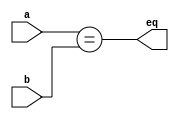
`timescale 1 ns / 1 ps



module compare_equal #(parameter WIDTH = 32)
             (input [WIDTH-1:0] a, b,
              output            eq);

  assign  eq = (a == b);
endmodule

module compare_to_zero #(parameter WIDTH = 32)
                 (input [WIDTH-1:0]  a,
                  output        eq);

  assign  eq = (a == 0);
endmodule

module ncompare_to_zero #(parameter WIDTH = 32)
                 (input [WIDTH-1:0]  a,
                  output        eq);

  assign  eq = (a != 0);
endmodule

module compare_gt_zero #(parameter WIDTH = 32)
                 (input [WIDTH-1:0] a,
                  output       eq);

  assign  eq = ~a[WIDTH-1] & (a[WIDTH-2:0] != 0);
endmodule

module compare_lt_zero #(parameter WIDTH = 32)
                 (input [WIDTH-1:0] a,
                  output       eq);

  assign  eq = a[WIDTH-1];
endmodule

module shift_left_2(input  [31:0] a,
           output [31:0] y);

  
  assign  y = {a[29:0], 2'b00};
endmodule


module extend_sign #(parameter INPUT = 16, OUTPUT = 32)
               (input  [INPUT-1:0] a,
               input  enable,
               output [OUTPUT-1:0] y);
               
  wire extension;
  
  assign  extension = (enable ? a[INPUT-1] : 0);
  assign  y = {{OUTPUT-INPUT{extension}}, a};
endmodule


module flip_flop #(parameter WIDTH = 8)
              (input                  clk, reset, clear,
               input      [WIDTH-1:0] d, 
               output reg [WIDTH-1:0] q);

  reg [WIDTH-1:0] master;

  always @(posedge clk)
    q <= reset ? 0 : (clear ? 0 : d);

endmodule

module flip_flop_enable_clear #(parameter WIDTH = 32)
                 (input                  clk, reset,
                  input                  en, clear,
                  input      [WIDTH-1:0] d, 
                  output reg [WIDTH-1:0] q);
 
  reg [WIDTH-1:0] master;

  always @(posedge clk)
    q <= reset ? 0 : (clear ? 0 : (en ? d : q));

endmodule

module flip_flop_enable #(parameter WIDTH = 32)
                (input                  clk, reset,
                 input                  en,
                 input      [WIDTH-1:0] d, 
                 output reg [WIDTH-1:0] q);
 
  reg [WIDTH-1:0] master;

  always @(posedge clk)
    q <= reset ? 0 : (en ? d : q);

endmodule

module flip_flop_no_reset #(parameter WIDTH = 32)
               (input                  clk,
                input                  en,
                input      [WIDTH-1:0] d, 
                output reg [WIDTH-1:0] q);
 
  reg [WIDTH-1:0] master;

  always @(posedge clk)
    q <= en ? d : q;

endmodule

module flip_flop_reset #(parameter WIDTH = 32)
              (input                  clk, reset,
               input      [WIDTH-1:0] d, 
               output reg [WIDTH-1:0] q);
 
  reg [WIDTH-1:0] master;

  always @(posedge clk)
    q <= reset ? 0 : d;

endmodule


module mux_2 #(parameter WIDTH = 32)
             (input  [WIDTH-1:0] d0, d1, 
              input              s, 
              output [WIDTH-1:0] y);

  assign  y = s ? d1 : d0; 
endmodule

module mux_3 #(parameter WIDTH = 32)
             (input  [WIDTH-1:0] d0, d1, d2,
              input  [1:0]       s, 
              output [WIDTH-1:0] y);

  assign  y = s[1] ? d2 : (s[0] ? d1 : d0); 
endmodule

module mux_4 #(parameter WIDTH = 32)
             (input  [WIDTH-1:0] d0, d1, d2, d3,
              input  [1:0]       s, 
              output [WIDTH-1:0] y);

  assign  y = s[1] ? (s[0] ? d3 : d2)
                     : (s[0] ? d1 : d0); 
endmodule

module mux_5 #(parameter WIDTH = 32)
             (input  [WIDTH-1:0] d0, d1, d2, d3, d4,
             input   [2:0]  s,
                output  [WIDTH-1:0] y);

  // 101 = d4; 100 = d3; 010 = d2; 001 = d1; 000 = d0

  assign  y = s[2] ? (s[0] ? d4 : d3)
                     : (s[1] ? d2 : (s[0] ? d1 : d0));
endmodule


module decoder_2 (input  [1:0] x,
             output [3:0] y);

  assign  y = (x[0] ? (x[1] ? 4'b1000 : 4'b0010)
                      : (x[1] ? 4'b0100 : 4'b0001));
endmodule

module decoder_1 (input        x,
             output [1:0] y);

  assign  y = (x ? 2'b01 : 2'b10);
  endmodule
module and2 #(parameter WIDTH = 32)
             (input  [WIDTH-1:0] a, b,
              output [WIDTH-1:0] y);

  assign  y = a & b;
endmodule

module xor2 #(parameter WIDTH = 32)
             (input  [WIDTH-1:0] a, b,
              output [WIDTH-1:0] y);

  assign  y = a ^ b;
endmodule

module increment #(parameter WIDTH = 32)
            (input  [WIDTH-1:0] a,
             output [WIDTH-1:0] y,
             output             cout);
 
  assign  {cout, y} = a + 1'b1;
endmodule

module is_zero #(parameter WIDTH = 32)
             (input  [WIDTH-1:0] a,
              output             y);
 
  assign  y = ~|a;
endmodule

module priority_encoder_8 (input       [7:0]  a,
                  output reg [2:0]  y);
   always @ ( * )
    casex(a)
      // rearrange to set priority.
      8'b1xxxxxxx : y <= 3'b000;
      8'b01xxxxxx : y <= 3'b001;
      8'b001xxxxx : y <= 3'b010;
      8'b0001xxxx : y <= 3'b011;
      8'b00001xxx : y <= 3'b100;
      8'b000001xx : y <= 3'b101;
      8'b0000001x : y <= 3'b110;
      8'b00000001 : y <= 3'b111;
      default    : y <= 3'bxxx;
    endcase
endmodule

module tri_state_buf #(parameter WIDTH = 32)
               (input en,
                input [WIDTH-1:0] a,
                output [WIDTH-1:0] y);
    wire [WIDTH-1:0] highz;
    assign highz = {WIDTH{1'bz}};
    assign  y = en ? a : highz;        
endmodule

// Complementary mux
module cmux_2 #(parameter WIDTH = 32)
             (input  [WIDTH-1:0] d0, d1, 
              input              s,
              output [WIDTH-1:0] y1,
              output [WIDTH-1:0] y2);

  assign  y1 = s ? d1 : d0;
  assign  y2 = s ? d0 : d1;
endmodule